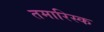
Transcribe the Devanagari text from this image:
तमारिस्क